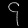
Digit: ၄